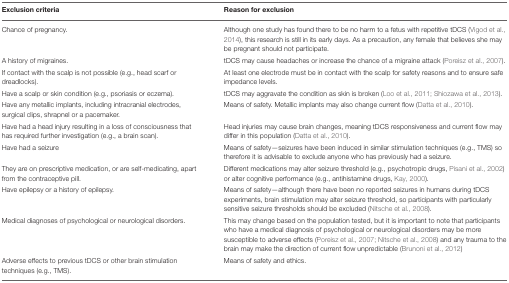
<table><thead><tr><td><b>Exclusion criteria</b></td><td><b>Reason for exclusion</b></td></tr></thead><tbody><tr><td>Chance of pregnancy.</td><td>Although one study has found there to be no harm to a fetus with repetitive tDCS (Vigod et al., 2014), this research is still in its early days. As a precaution, any female that believes she may be pregnant should not participate.</td></tr><tr><td>A history of migraines.</td><td>tDCS may cause headaches or increase the chance of a migraine attack (Poreisz et al., 2007).</td></tr><tr><td>If contact with the scalp is not possible (e.g., head scarf or dreadlocks).</td><td>At least one electrode must be in contact with the scalp for safety reasons and to ensure safe impedance levels.</td></tr><tr><td>Have a scalp or skin condition (e.g., psoriasis or eczema).</td><td>tDCS may aggravate the condition as skin is broken (Loo et al., 2011; Shiozawa et al., 2013).</td></tr><tr><td>Have any metallic implants, including intracranial electrodes, surgical clips, shrapnel or a pacemaker.</td><td>Means of safety. Metallic implants may also change current flow (Datta et al., 2010).</td></tr><tr><td>Have had a head injury resulting in a loss of consciousness that has required further investigation (e.g., a brain scan).</td><td>Head injuries may cause brain changes, meaning tDCS responsiveness and current flow may differ in this population (Datta et al., 2010).</td></tr><tr><td>Have had a seizure</td><td>Means of safety—seizures have been induced in similar stimulation techniques (e.g., TMS) so therefore it is advisable to exclude anyone who has previously had a seizure.</td></tr><tr><td>They are on prescriptive medication, or are self-medicating, apart from the contraceptive pill.</td><td>Different medications may alter seizure threshold (e.g., psychotropic drugs, Pisani et al., 2002) or alter cognitive performance (e.g., antihistamine drugs, Kay, 2000).</td></tr><tr><td>Have epilepsy or a history of epilepsy.</td><td>Means of safety—although there have been no reported seizures in humans during tDCS experiments, brain stimulation may alter seizure threshold, so participants with particularly sensitive seizure thresholds should be excluded (Nitsche et al., 2008).</td></tr><tr><td>Medical diagnoses of psychological or neurological disorders.</td><td>This may change based on the population tested, but it is important to note that participants who have a medical diagnosis of psychological or neurological disorders may be more susceptible to adverse effects (Poreisz et al., 2007; Nitsche et al., 2008) and any trauma to the brain may make the direction of current flow unpredictable (Brunoni et al., 2012)</td></tr><tr><td>Adverse effects to previous tDCS or other brain stimulation techniques (e.g., TMS).</td><td>Means of safety and ethics.</td></tr></tbody></table>